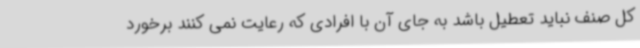
کل صنف نباید تعطیل باشد به جای آن با افرادی که رعایت نمی کنند برخورد